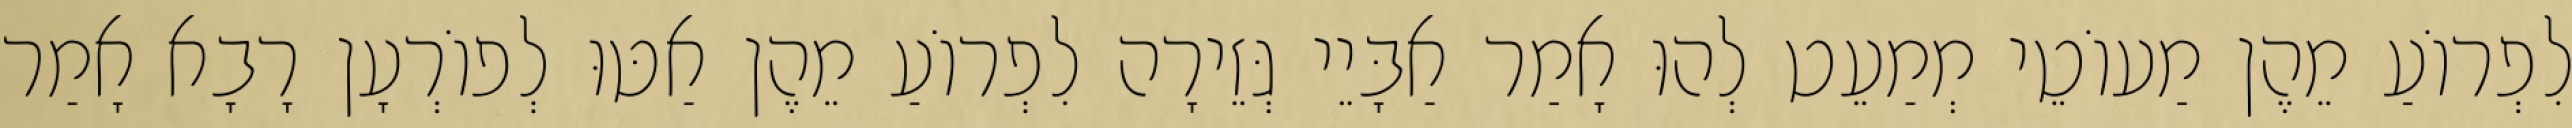
לִפְרוֹעַ מֵהֶן מַעוֹטֵי מְמַעֵט לְהוּ אָמַר אַבָּיֵי גְּזֵירָה לִפְרוֹעַ מֵהֶן אַטּוּ לְפוֹרְעָן רָבָא אָמַר